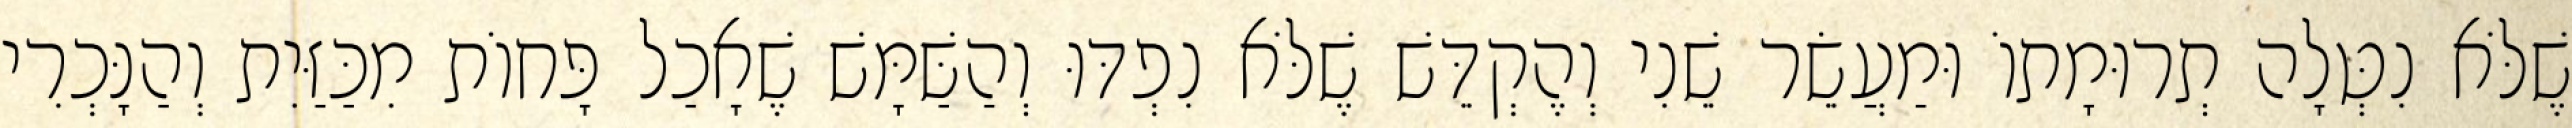
שֶׁלֹּא נִטְּלָה תְרוּמָתוֹ וּמַעֲשֵׂר שֵׁנִי וְהֶקְדֵּשׁ שֶׁלֹּא נִפְדּוּ וְהַשַּׁמָּשׁ שֶׁאָכַל פָּחוֹת מִכַּזַּיִת וְהַנָּכְרִי